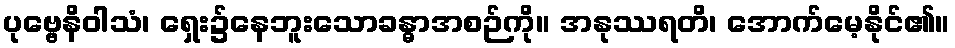
ပုဗ္ဗေနိဝါသံ၊ ရှေး၌နေဘူးသောခန္ဓာအစဉ်ကို။ အနုဿရတိ၊ အောက်မေ့နိုင်၏။